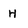
Character: H